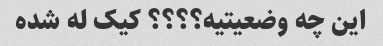
این چه وضعیتیه؟؟؟؟ کیک له شده